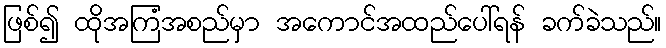
ဖြစ်၍ ထိုအကြံအစည်မှာ အကောင်အထည်ပေါ်ရန် ခက်ခဲသည်။